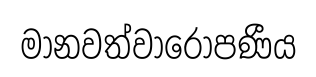
මානවත්වාරෝපණීය